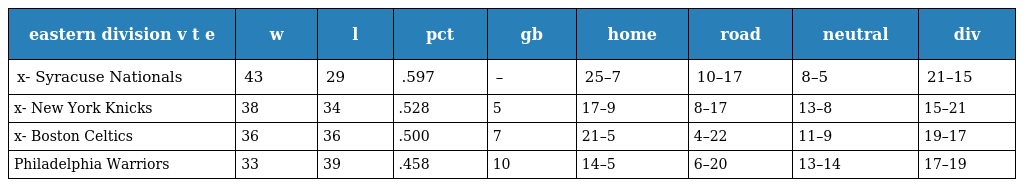
| eastern division v t e | w | l | pct | gb | home | road | neutral | div |
 | --- | --- | --- | --- | --- | --- | --- | --- | --- |
 | x- Syracuse Nationals | 43 | 29 | .597 | – | 25–7 | 10–17 | 8–5 | 21–15 |
 | x- New York Knicks | 38 | 34 | .528 | 5 | 17–9 | 8–17 | 13–8 | 15–21 |
 | x- Boston Celtics | 36 | 36 | .500 | 7 | 21–5 | 4–22 | 11–9 | 19–17 |
 | Philadelphia Warriors | 33 | 39 | .458 | 10 | 14–5 | 6–20 | 13–14 | 17–19 |